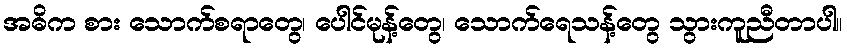
အဓိက စား သောက်စရာတွေ၊ ပေါင်မုန့်တွေ၊ သောက်ရေသန့်တွေ သွားကူညီတာပါ။